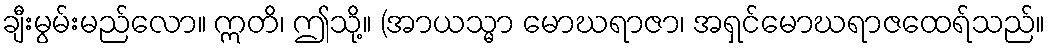
ချီးမွမ်းမည်လော။ ဣတိ၊ ဤသို့။ (အာယသ္မာ မောဃရာဇာ၊ အရှင်မောဃရာဇထေရ်သည်။